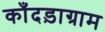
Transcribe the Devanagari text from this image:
काँदड़ाग्राम